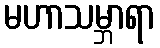
မဟာသမ္ဘာရာ